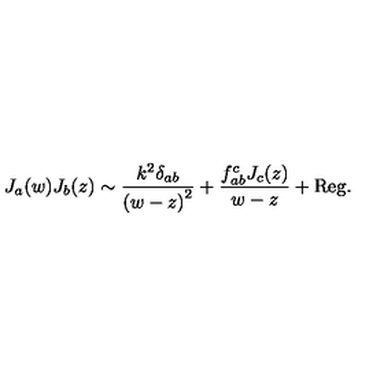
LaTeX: J _ { a } ( w ) J _ { b } ( z ) \sim \frac { k ^ { 2 } \delta _ { a b } } { { ( w - z ) } ^ { 2 } } + \frac { f _ { a b } ^ { c } J _ { c } ( z ) } { w - z } + \mathrm { R e g . }